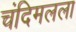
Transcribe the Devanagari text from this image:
चंदिमलला